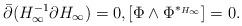
\begin{align*}\bar \partial (H_\infty^{-1}\partial H_\infty) = 0, [\Phi \wedge \Phi^{*_{H_\infty}}]=0.\end{align*}